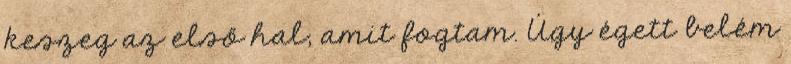
keszeg az első hal, amit fogtam. Úgy égett belém